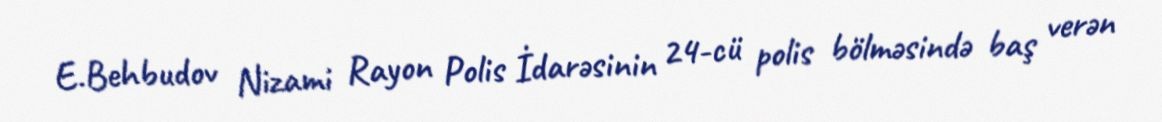
E.Behbudov Nizami Rayon Polis İdarəsinin 24-cü polis bölməsində baş verən